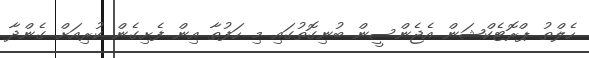
ހެލްތު ޕްރޮޓެކްޝަން އެޖެންސީން ބުނިގޮތުގައި މި ހަފުތާ އިން ފެށިގެން ކުރިއަށް ގެންދާ